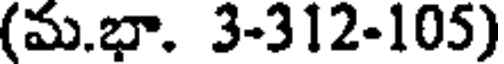
(మ.భా. 3-312-105)